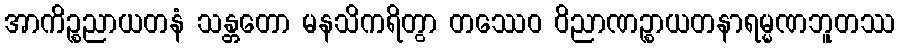
အာကိဉ္စညာယတနံ သန္တတော မနသိကရိတွာ တဿေဝ ဝိညာဏဉ္စာယတနာရမ္မဏဘူတဿ